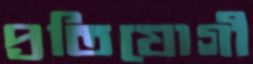
প্রতিযোগী